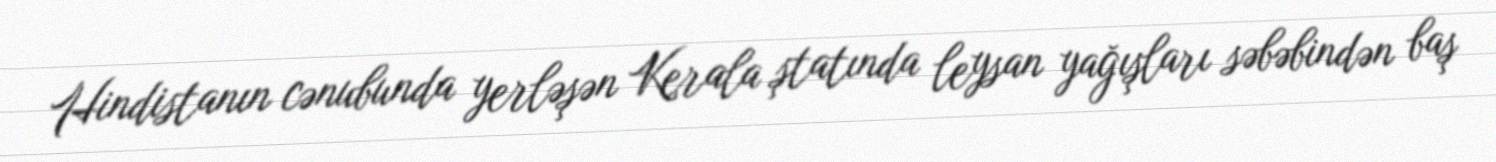
Hindistanın cənubunda yerləşən Kerala ştatında leysan yağışları səbəbindən baş